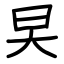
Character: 旲